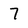
Character: 7